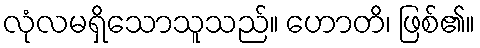
လုံလမရှိသောသူသည်။ ဟောတိ၊ ဖြစ်၏။